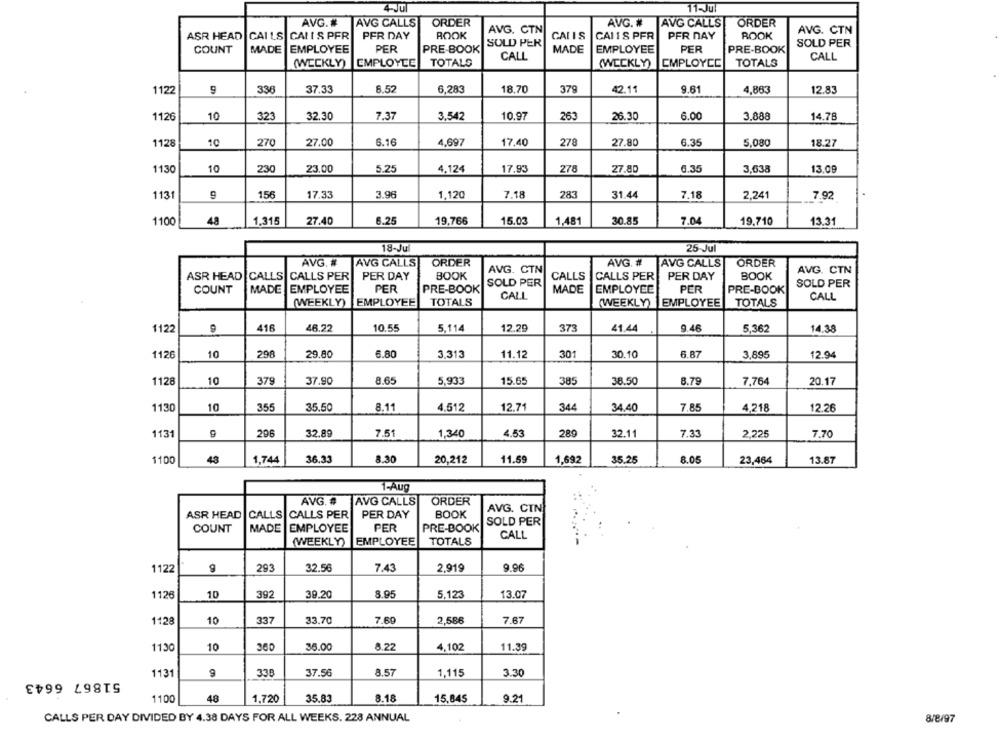
4-Jul
11-Jul
AVG. #
AVG CALLS
ORDER
AVG. #
AVG CALLS
AVG. CTN
ORDER
AVG. CTN
ASR HEAD
CAI LS CALLS PFR
PER DAY
BOOK
CALIS
CAI IS PFR
PFR NAY
ROOK
SOLD PER
SOLD PER
COUNT
MADE
EMPLOYEE
PER
PRE-BOOK
MADE
EMPLOYEE
PER
PRE-BOOK
CALL
CALL
(WECKLY)
EMPLOYEE
TOTALS
(WEEKLY)
EMPLOYCE
TOTALS
1122
338
37.33
8.5
6,283
18.70
379
42.11
9.61
4,863
12.83
1126
10
323
32.30
7.37
3.542
10.97
263
26.30
6.00
3.888
14.78
10
270
27.00
6.16
278
6.35
18.2
1128
4,697
17.40
27.80
5,080
1130
10
230
23.00
5.25
4.124
17.93
278
27.80
6.35
3,638
13.09
156
3.96
1.120
783
7.18
1131
17.33
7.18
31.44
2,241
7.92
1100
48
1,315
27.40
6.25
19.766
15.03
1,481
30.85
7.04
19.710
13.31
18-Ju
25-Jul
AVG. #
AVG CALLS
ORDER
AVG. #
AVG CALLS
ORDER
BOOK
AVG. CTN
AVG. CTN
ASR HEAD |CALLS CALLS PER
PER DAY
SOLD PER
CALLS
CALLS PER
PER DAY
BOOK
COUNT
MADE EMPLOYEE
PER
PRE-BOOK
MADE
EMPLOYEE
PER
PRE-BOOK
SOLD PER
CALL
CALL
(WEEKLY)
EMPLOYEE
TOTALS
(WEEKLY)
EMPLOYEE
TOTALS
416
10.55
5.114
9.46
1122
46.22
12.29
373
41.44
5,362
14.38
1126
10
298
29.80
6.80
3.313
11.12
301
30.10
6.87
3.895
12.94
1128
10
379
37.90
8.65
5,933
15.65
385
38.50
8.79
7,764
20.17
1130
10
355
35.50
8.11
4.512
12.71
344
34.40
7.85
4,218
12.26
1131
296
32.89
7.51
1,340
4.53
289
32.11
7.33
2,225
7.70
1100
43
1,744
36.33
8.30
20,212
11.59
1,692
35.25
8.05
23,464
13.87
1-Aug
AVG. #
AVG CALLS
ORDER
AVG. CIN
ASR HEAD
CALLS CALLS PER
PER DAY
BOOK
SOLD PER
COUNT
MADE
EMPLOYEE
PER
PRE-BOOK
(WEEKLY)
EMPLOYEE
TOTALS
CALL
1122
293
32.56
7.43
2.919
9.96
1126
392
39.20
8.95
5,123
13.07
10
1128
10
337
33.70
7.69
2,586
7.67
8.22
1130
10
360
36.00
4,102
11.39
51867 6643
1131
9
338
37.56
8.57
1,115
3.30
48
1.720
35.83
8.18
9.21
1100
15,845
CALLS PER DAY DIVIDED BY 4.38 DAYS FOR ALL WEEKS. 228 ANNUAL
8/8/97